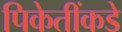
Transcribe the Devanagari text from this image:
पिकेतींकडे